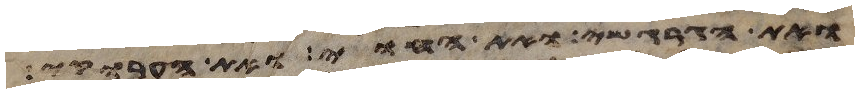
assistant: ואת הגרגשי ואת החוי ואת הערוקי